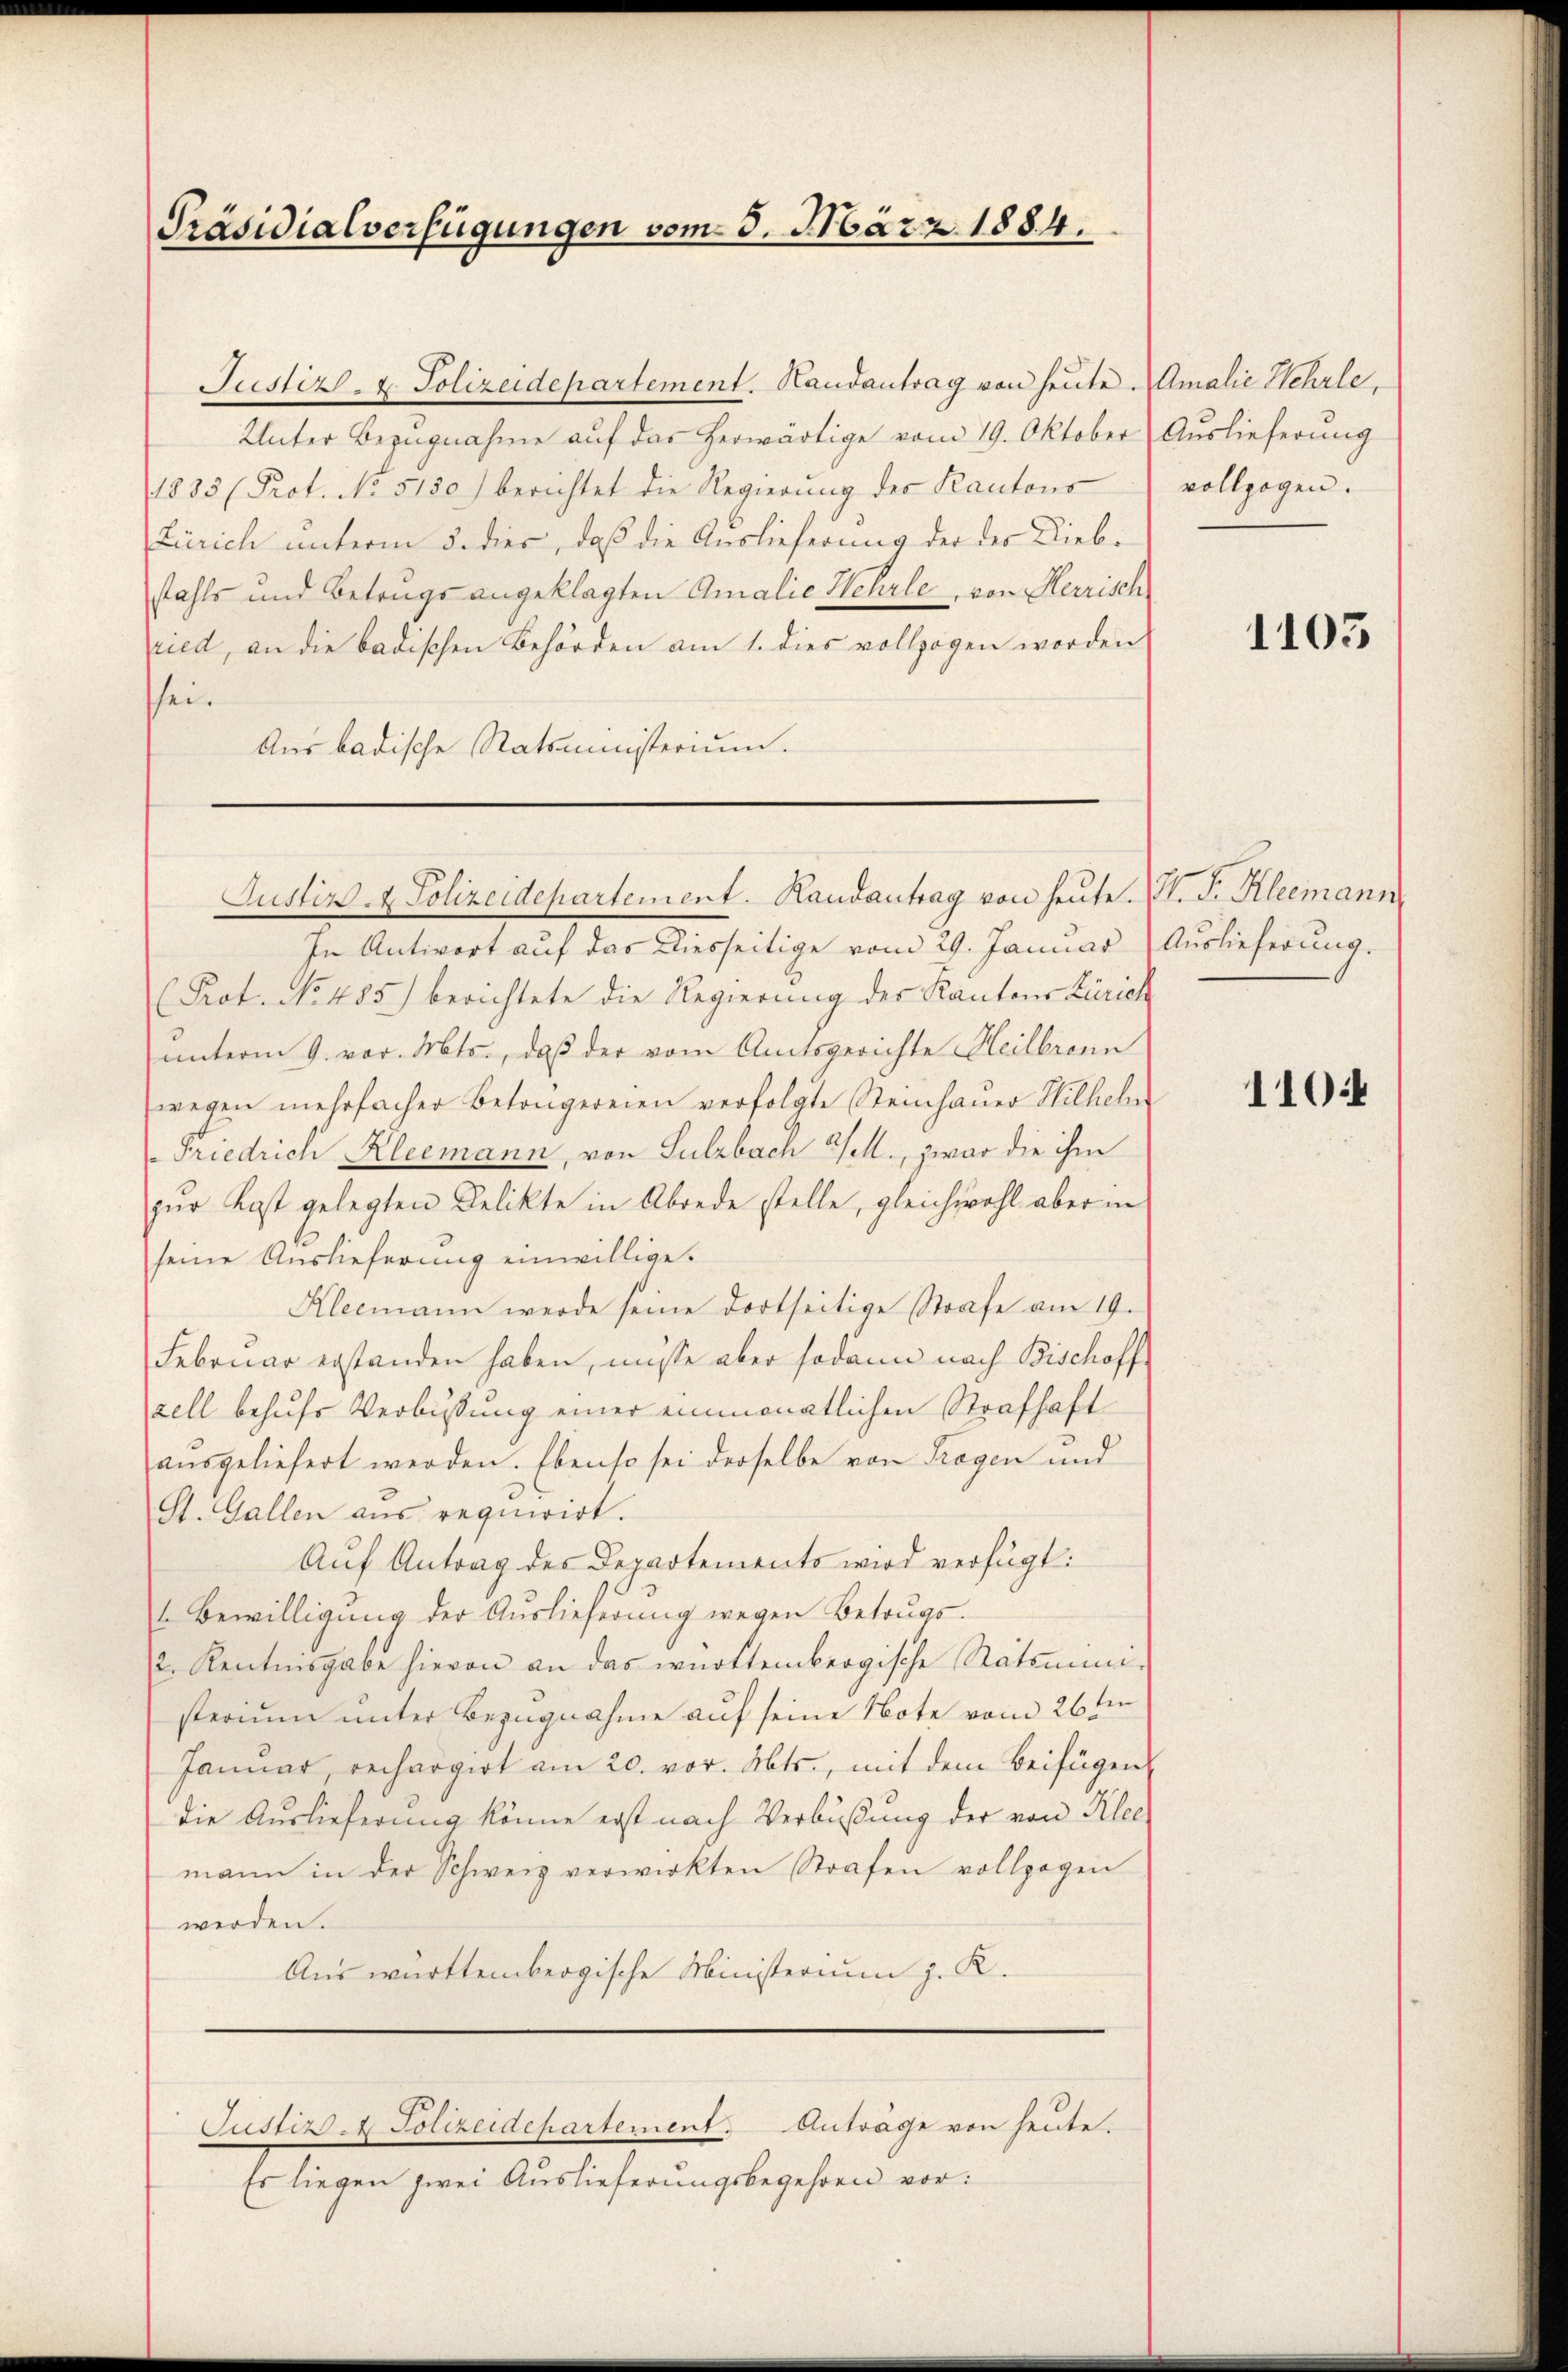
Präsidialverfügungen vom 3. März 1884.

Justiz- & Polizeidepartement. Handantrag von heute Amalie Hehrle
Unter Bezŭgnahme aŭf das herwärtige vom 19. Oktober Auslieferung
1833 (Prot. No. 5130) berichtet die Regierŭng des Kantons
Zürich unterm 5. dies, daß die Auslieferung der der Diebstahls und Betrugs angeklagten Amalie Hehrle, von Herrisch
ried, an die badischen Behörden am 1. dies vollzogen worden
sei.
Aus badische Ratsministerium.

Justiz- & Polizeidepartement. Randantrag von heute. N. V. Kleemann,

In Antwort auf das Diesseitige vom 29. Januar Auslieferung.
(Prot. No 485) berichtete die Regierung des Kantons Zürich
unterm 9. vor. Mts., daß der vom Amtsgerichte Heilbronn
wegen mehrfacher Betongereien verfolgte Steinhauer Hilhelm
Friedrich Kleemann, von Sulzbach 1., zwar die ihm
zur Last gelegten Delikte in Abrede stelle, gleichwohl aber in
seine Auslieferung einwillige.
Kleemann werde seine dortseitige Strafe am 19.
Februar erstanden haben, müsse aber sodann nach Bischoff
zell behufs Verbüßung einer einmonatlichen Strafhaft
aŭsgeliefert werden. Ebenso sei derselbe von Tragen und
St. Gallen aus requirirt.
Auf Antrag des Departements wird verfügt:
 Bewilligung der Auslieferung wegen Betrugs.
2. Rentisgabe hievon an das württembergische Ratsmini-
sterium unter Bezugnahme auf seine Note vom 26ten
Januar, rechargirt am 20. vor. Mts., mit dem Beifügen
die Auslieferung könne erst nach Verbüßung der von Klee
mann in der Schweiz verwirkten Strafen vollzogen
werden.
Aus württembergische Ministerium z. K.
Justiz- & Polizeidepartement. Anträge von heute.
Es liegen zwei Auslieferungsbegehren vor:

vollzogen.

1103

110